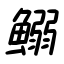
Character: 鰯